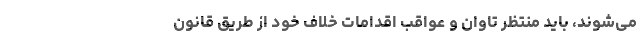
می‌شوند، باید منتظر تاوان و عواقب اقدامات خلاف خود از طریق قانون